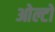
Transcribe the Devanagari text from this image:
ओल्टों